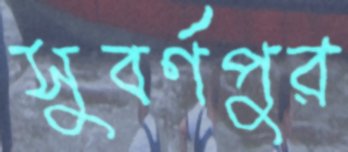
সুবর্ণপুর